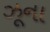
ઝૂના